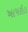
ખાપરોલ